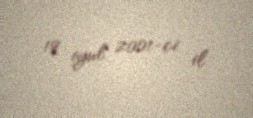
19 iyul 2001-ci il